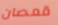
قمصان